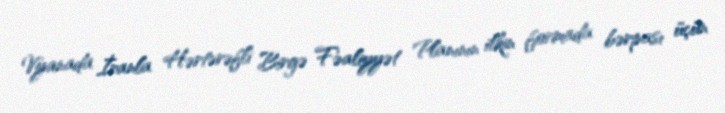
Vyanada İranla Hərtərəfli Birgə Fəaliyyət Planının ilkin formada bərpası üçün